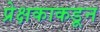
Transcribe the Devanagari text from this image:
प्रेक्षकाकडून